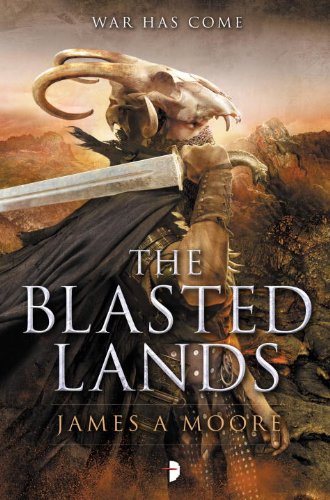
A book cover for The Blasted Lands: Seven Forges, Book II; James A. Moore; Science Fiction & Fantasy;